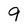
Character: 9